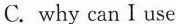
C. why can Iuse